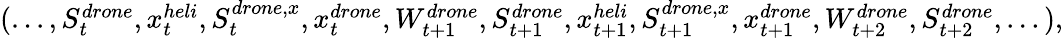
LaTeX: \begin{array}{r}{(...,S_{t}^{drone},x_{t}^{heli},S_{t}^{drone,x},x_{t}^{drone},W_{t+1}^{drone},S_{t+1}^{drone},x_{t+1}^{heli},S_{t+1}^{drone,x},x_{t+1}^{drone},W_{t+2}^{drone},S_{t+2}^{drone},...),}\end{array}